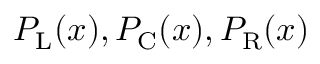
P _ { \mathrm { L } } ( x ) , P _ { \mathrm { C } } ( x ) , P _ { \mathrm { R } } ( x )